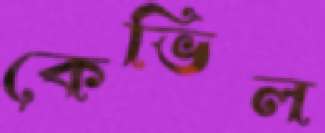
কেভিল